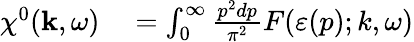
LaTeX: \begin{array}{rl}{\chi^{0}(\mathbf{k},\omega)}&{{}=\int_{0}^{\infty}\frac{p^{2}dp}{\pi^{2}}F(\varepsilon(p);k,\omega)}\end{array}